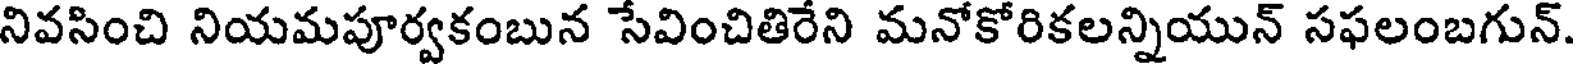
నివసించి నియమపూర్వకంబున సేవించితిరేని మనోకోరికలన్నియున్ సఫలంబగున్